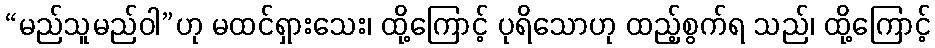
“မည်သူမည်ဝါ”ဟု မထင်ရှားသေး၊ ထို့ကြောင့် ပုရိသောဟု ထည့်စွက်ရ သည်၊ ထို့ကြောင့်